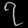
Digit: ၇